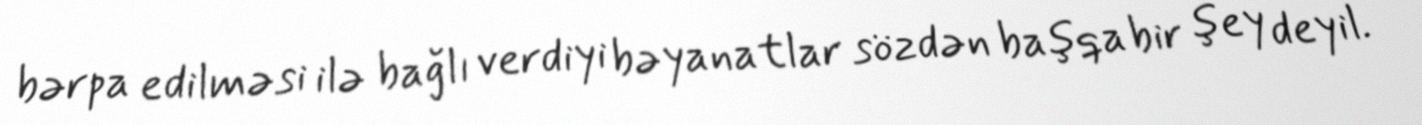
bərpa edilməsi ilə bağlı verdiyi bəyanatlar sözdən başqa bir şey deyil.